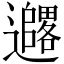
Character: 𫑓